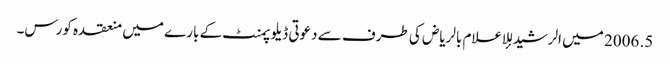
5. 2006 میں الرشید للإعلام بالریاض کی طرف سے دعوتی ڈیلوپمنٹ کے بارے میں منعقدہ کورس۔